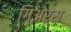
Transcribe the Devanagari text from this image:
गिअर्स